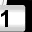
Digit: 1